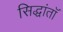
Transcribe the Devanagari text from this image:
सिद्धांतॉ